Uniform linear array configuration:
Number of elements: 8
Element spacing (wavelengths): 0.5
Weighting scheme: kaiser
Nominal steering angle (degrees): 30
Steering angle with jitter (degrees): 31.291
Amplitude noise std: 0.05
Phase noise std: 0.05

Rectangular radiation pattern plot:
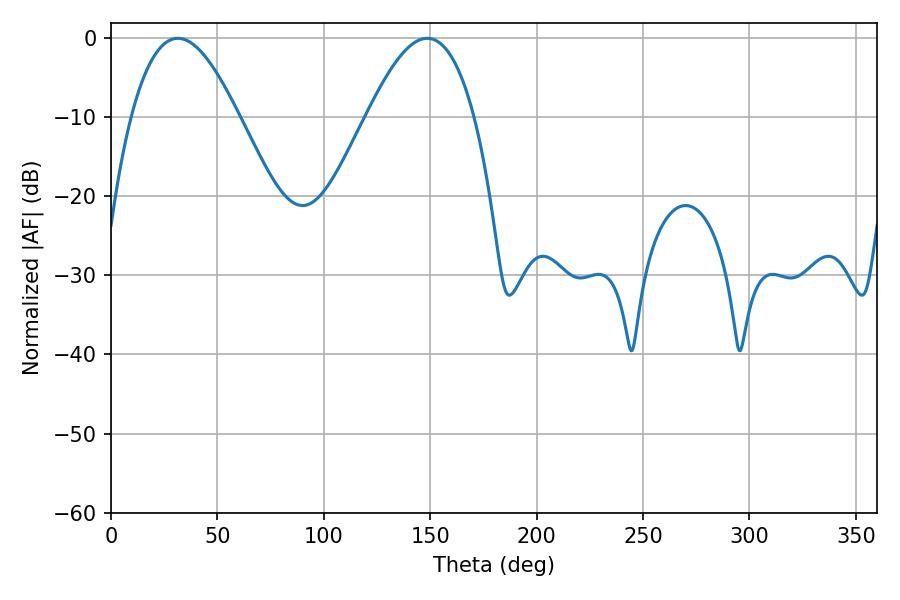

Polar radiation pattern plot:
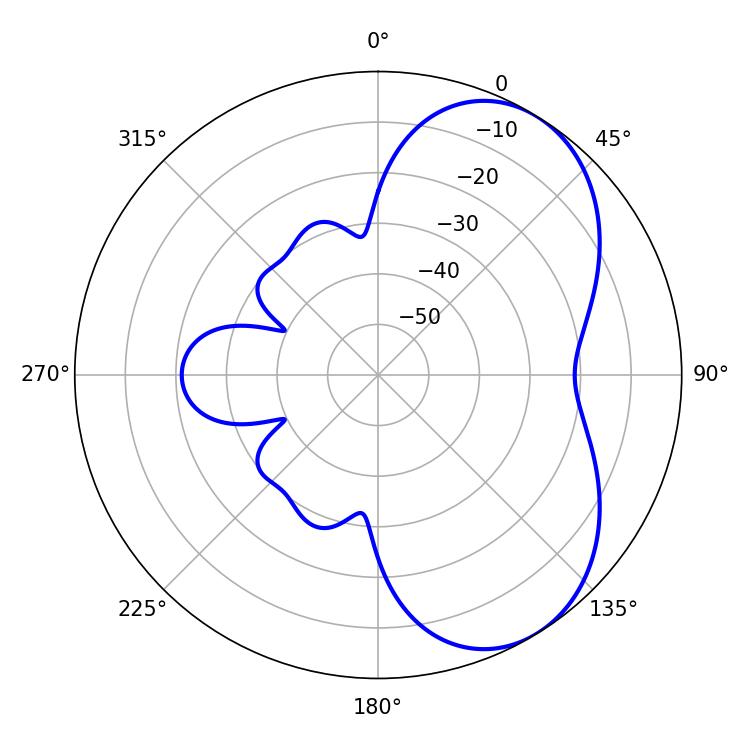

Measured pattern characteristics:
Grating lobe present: FALSE
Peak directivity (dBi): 5.49
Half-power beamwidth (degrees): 27.36
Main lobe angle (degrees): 31.5